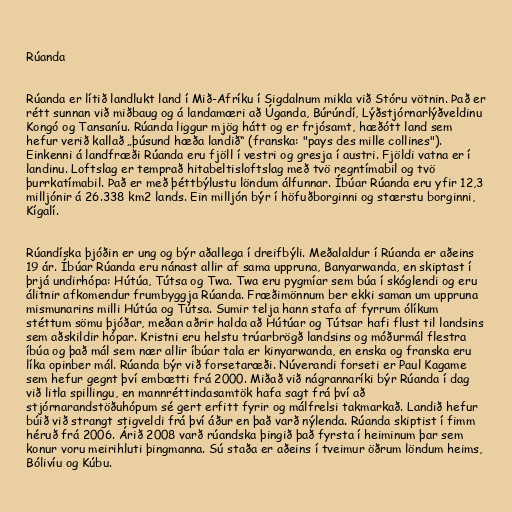
Rúanda

Rúanda er lítið landlukt land í Mið-Afríku í Sigdalnum mikla við Stóru vötnin. Það er
rétt sunnan við miðbaug og á landamæri að Úganda, Búrúndí, Lýðstjórnarlýðveldinu
Kongó og Tansaníu. Rúanda liggur mjög hátt og er frjósamt, hæðótt land sem
hefur verið kallað „þúsund hæða landið“ (franska: "pays des mille collines").
Einkenni á landfræði Rúanda eru fjöll í vestri og gresja í austri. Fjöldi vatna er í
landinu. Loftslag er temprað hitabeltisloftslag með tvö regntímabil og tvö
þurrkatímabil. Það er með þéttbýlustu löndum álfunnar. Íbúar Rúanda eru yfir 12,3
milljónir á 26.338 km2 lands. Ein milljón býr í höfuðborginni og stærstu borginni,
Kígalí.

Rúandíska þjóðin er ung og býr aðallega í dreifbýli. Meðalaldur í Rúanda er aðeins
19 ár. Íbúar Rúanda eru nánast allir af sama uppruna, Banyarwanda, en skiptast í
þrjá undirhópa: Hútúa, Tútsa og Twa. Twa eru pygmíar sem búa í skóglendi og eru
álitnir afkomendur frumbyggja Rúanda. Fræðimönnum ber ekki saman um uppruna
mismunarins milli Hútúa og Tútsa. Sumir telja hann stafa af fyrrum ólíkum
stéttum sömu þjóðar, meðan aðrir halda að Hútúar og Tútsar hafi flust til landsins
sem aðskildir hópar. Kristni eru helstu trúarbrögð landsins og móðurmál flestra
íbúa og það mál sem nær allir íbúar tala er kinyarwanda, en enska og franska eru
líka opinber mál. Rúanda býr við forsetaræði. Núverandi forseti er Paul Kagame
sem hefur gegnt því embætti frá 2000. Miðað við nágrannaríki býr Rúanda í dag
við litla spillingu, en mannréttindasamtök hafa sagt frá því að
stjórnarandstöðuhópum sé gert erfitt fyrir og málfrelsi takmarkað. Landið hefur
búið við strangt stigveldi frá því áður en það varð nýlenda. Rúanda skiptist í fimm
héruð frá 2006. Árið 2008 varð rúandska þingið það fyrsta í heiminum þar sem
konur voru meirihluti þingmanna. Sú staða er aðeins í tveimur öðrum löndum heims,
Bólivíu og Kúbu.